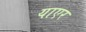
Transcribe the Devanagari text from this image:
याएर